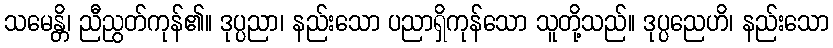
သမေန္တိ၊ ညီညွတ်ကုန်၏။ ဒုပ္ပညာ၊ နည်းသော ပညာရှိကုန်သော သူတို့သည်။ ဒုပ္ပညေဟိ၊ နည်းသော